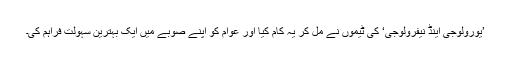
’یورولوجی اینڈ نیفرولوجی‘ کی ٹیموں نے مل کر یہ کام کیا اور عوام کو اپنے صوبے میں ایک بہترین سہولت فراہم کی۔